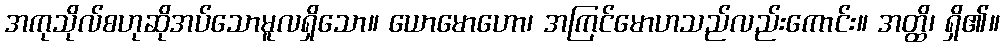
အကုသိုလ်စဟုဆိုအပ်သောမူလရှိသော။ ယောမောဟော၊ အကြင်မောဟသည်လည်းကောင်း။ အတ္ထိ၊ ရှိ၏။